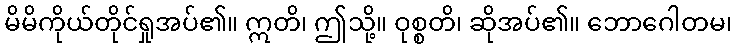
မိမိကိုယ်တိုင်ရှုအပ်၏။ ဣတိ၊ ဤသို့။ ဝုစ္စတိ၊ ဆိုအပ်၏။ ဘောဂေါတမ၊